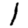
Digit: 1